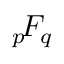
{ } _ { p } \! F _ { q }